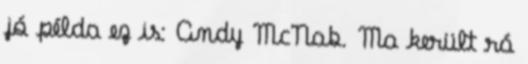
jó példa ez is: Andy McNab. Ma került rá